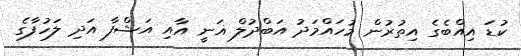
ކުޑަ އިއްބެގެ އިތުރުން މުހައްމަދު އަބްދުލް ޣަނީ އާއި އަޝްފާ އަދި ލަހުފާގެ